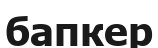
бапкер